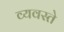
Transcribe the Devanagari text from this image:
व्यवस्ते